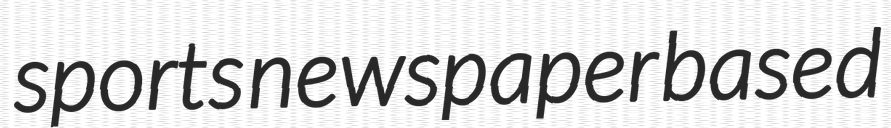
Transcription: sports newspaper based